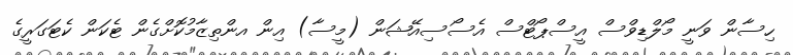
ހިސާން ވަނީ މޯލްޑިވްސް އީސްޕޯޓްސް އެސޯސިއޭޝަން (މީސާ) އިން އންތިޒާމުކޮށްގެން ޓެކަން ކެޓަގަރީގެ